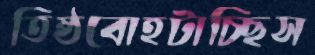
তিষ্ঠবোহটাচ্ছিস